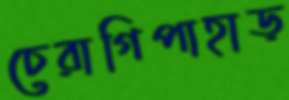
চেরাগিপাহাড়